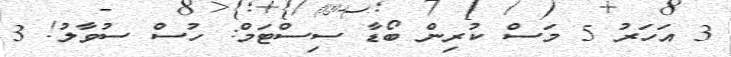
3 އަހަރު 5 މަސް ކުރިން ބޯޑާ ސިސްޓަމް: ހުސް ސުވާލު! 3